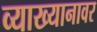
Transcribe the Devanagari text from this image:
व्याख्यानावर